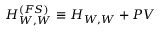
H _ { W , W } ^ { ( F S ) } \equiv { \cal H } _ { W , W } + P V